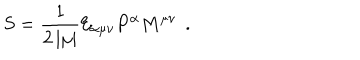
S = \frac 1 { 2 \left| \mu \right| } { \cal E } _ { \alpha \mu \nu } P ^ { \alpha } M ^ { \mu \nu } \; \, .